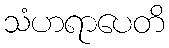
သံဟရာပေတိ